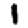
Digit: 1